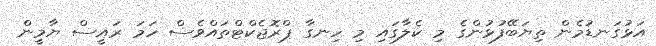
އަޅުގަނޑުމެން ތިޔަބޭފުޅުންގެ މި ކެލާގައި މި ހިނގާ ޕްރޮޖެކްޓްތައްވެސް ހަމަ ރައީސް ޔާމީން